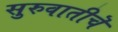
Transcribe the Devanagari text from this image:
सुरुवातीचॆ